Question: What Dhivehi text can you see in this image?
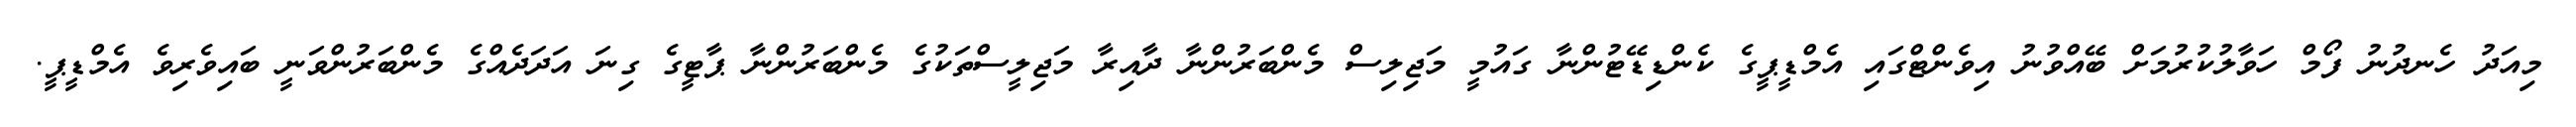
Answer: މިއަދު ހެނދުނު ފޯމް ހަވާލުކުރުމަށް ބޭއްވުނު އިވެންޓްގައި އެމްޑީޕީގެ ކެންޑިޑޭޓުންނާ ގައުމީ މަޖިލިސް މެންބަރުންނާ ދާއިރާ މަޖިލީސްތަކުގެ މެންބަރުންނާ ޕާޓީގެ ގިނަ އަދަދެއްގެ މެންބަރުންވަނީ ބައިވެރިވެ އެމްޑީޕީ.